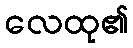
လေထု၏